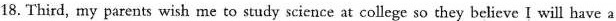
18. Third, my parents wish me to study science at college so they believe I will have a